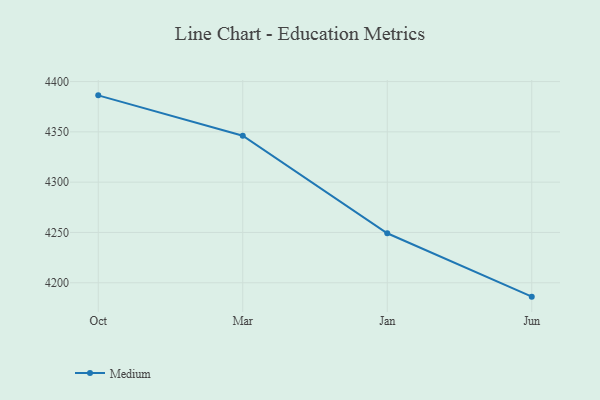
{"axis": {"x": "Month", "y": "Active Users"}, "legend": ["Medium"], "data": [{"x": "Oct", "y": 4386.3, "type": "Medium"}, {"x": "Mar", "y": 4346.2, "type": "Medium"}, {"x": "Jan", "y": 4249.2, "type": "Medium"}, {"x": "Jun", "y": 4186.2, "type": "Medium"}]}